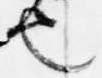
也